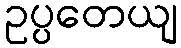
ဥပ္ပတေယျ